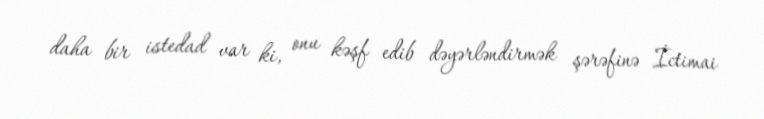
daha bir istedad var ki, onu kəşf edib dəyərləndirmək şərəfinə İctimai